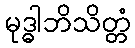
မုဒ္ဓါဘိသိတ္တံ